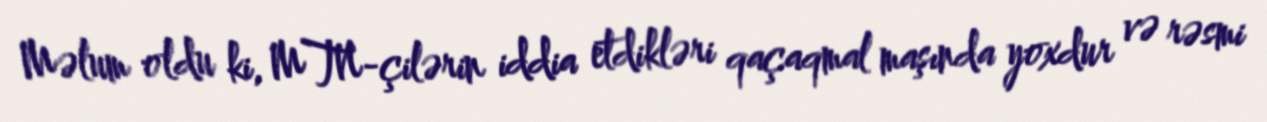
Məlum oldu ki, MTN-çilərin iddia etdikləri qaçaqmal maşında yoxdur və rəsmi